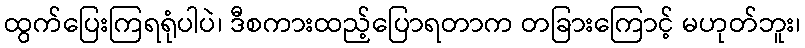
ထွက်ပြေးကြရရုံပါပဲ၊ ဒီစကားထည့်ပြောရတာက တခြားကြောင့် မဟုတ်ဘူး၊